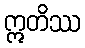
ဣတိဿ